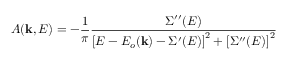
A ( \mathbf { k } , E ) = - { \frac { 1 } { \pi } } { \frac { \Sigma ^ { \prime \prime } ( E ) } { \left[ E - E _ { o } ( \mathbf { k } ) - \Sigma ^ { \prime } ( E ) \right] ^ { 2 } + \left[ \Sigma ^ { \prime \prime } ( E ) \right] ^ { 2 } } }